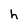
Character: h